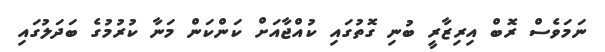
ނަމަވެސް ރޮބް އިރިޒާރީ ބުނި ގޮތުގައި ކުއްޖާއަށް ކަންކަން މަނާ ކުރުމުގެ ބަދަލުގައި